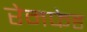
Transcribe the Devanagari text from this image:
रेनफेड